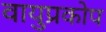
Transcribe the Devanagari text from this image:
वायुप्रकोप